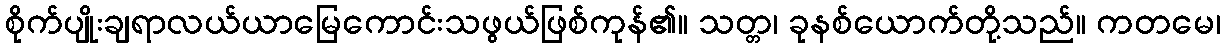
စိုက်ပျိုးချရာလယ်ယာမြေကောင်းသဖွယ်ဖြစ်ကုန်၏။ သတ္တ၊ ခုနစ်ယောက်တို့သည်။ ကတမေ၊